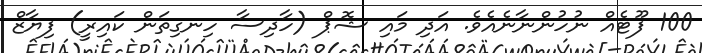
100 ފޫޓެއް ނުހުންނާނެއެވެ. އަދި މައި ޝޮޕް (ހާދިސާ ހިނގިތަން ކައިރީ) ފިޔާޒް